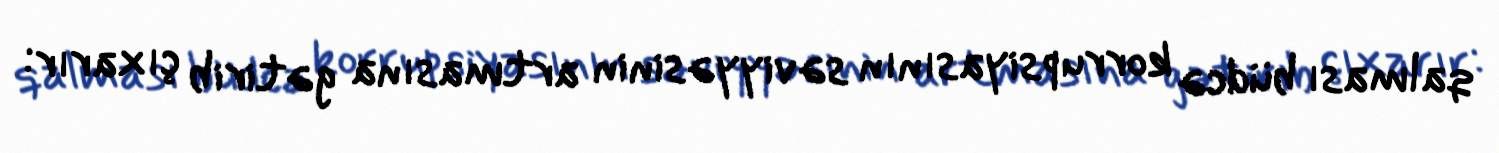
qalması büdcə korrupsiyasının səviyyəsinin artmasına gətirib çıxarır: